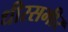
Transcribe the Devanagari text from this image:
धीरसमीर